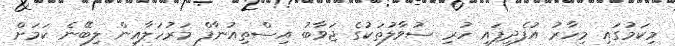
މިކަމުގައި މިހާރު އުފެދިފައި ހުރި ސުވާލުތަކުގެ ޖަވާބު އިސްތިއުނާފް މަރުހަލާއިން ލިބޭނެ ކަމަށް